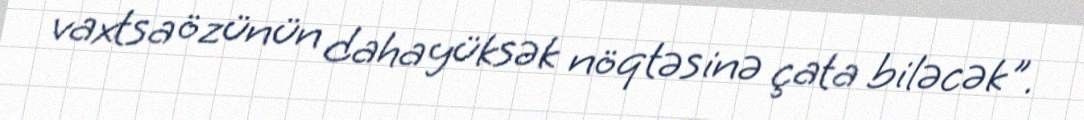
vaxtsa özünün daha yüksək nöqtəsinə çata biləcək".